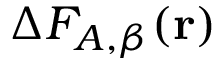
\Delta F _ { A , \beta } ( \mathbf { r } )